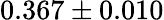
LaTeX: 0.367\pm 0.010